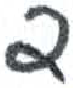
אות: ד